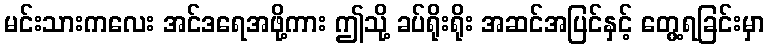
မင်းသားကလေး အင်ဒရေအဖို့ကား ဤသို့ ခပ်ရိုးရိုး အဆင်အပြင်နှင့် တွေ့ရခြင်းမှာ